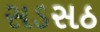
સડસઠ